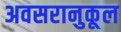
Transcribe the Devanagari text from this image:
अवसरानुकूल